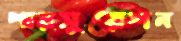
পারসুয়েশন